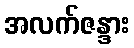
အလက်ဇန္ဒား